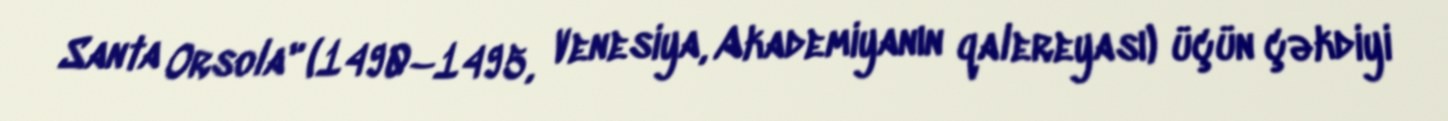
Santa Orsola" (1490–1495, Venesiya, Akademiyanın qalereyası) üçün çəkdiyi